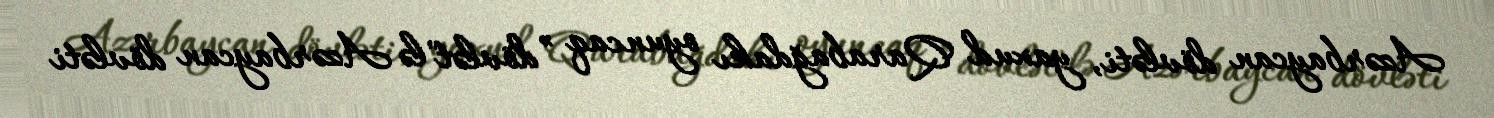
Azərbaycan dövləti, yaxud Qarabağdakı oyuncaq ”dövlət"lə Azərbaycan dövləti